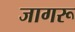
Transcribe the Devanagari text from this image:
जागरू